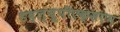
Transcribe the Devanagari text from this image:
डब्ल्यूपीएक्सएम